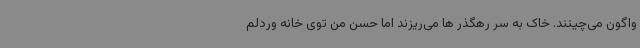
واگون می‌چینند. خاک به سر رهگذر ها می‌ریزند اما حسن من توی خانه وردلم